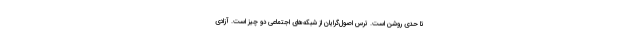
تا حدی روشن است. ترس اصول‌گرایان از شبکه‌های اجتماعی دو چیز است. آزادی